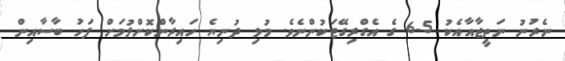
ނެރުނު ނަތީޖާއާއެކު 5-6 ގެ އެގްރިގޭޓަކުންނެވެ. މުޅި ދުނިޔެ ހައިރާންކޮށްލުމަށް ފަހު ބާސާއިން